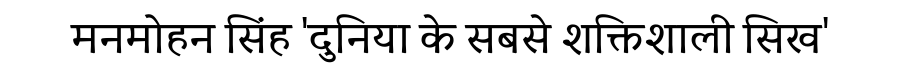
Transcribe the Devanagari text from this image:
मनमोहन सिंह 'दुनिया के सबसे शक्तिशाली सिख'